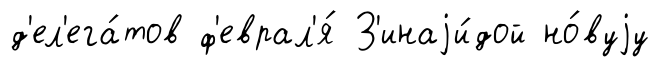
д'ел'ега́тов ф'еврал'я́ З'инаjи́дой но́вуjу